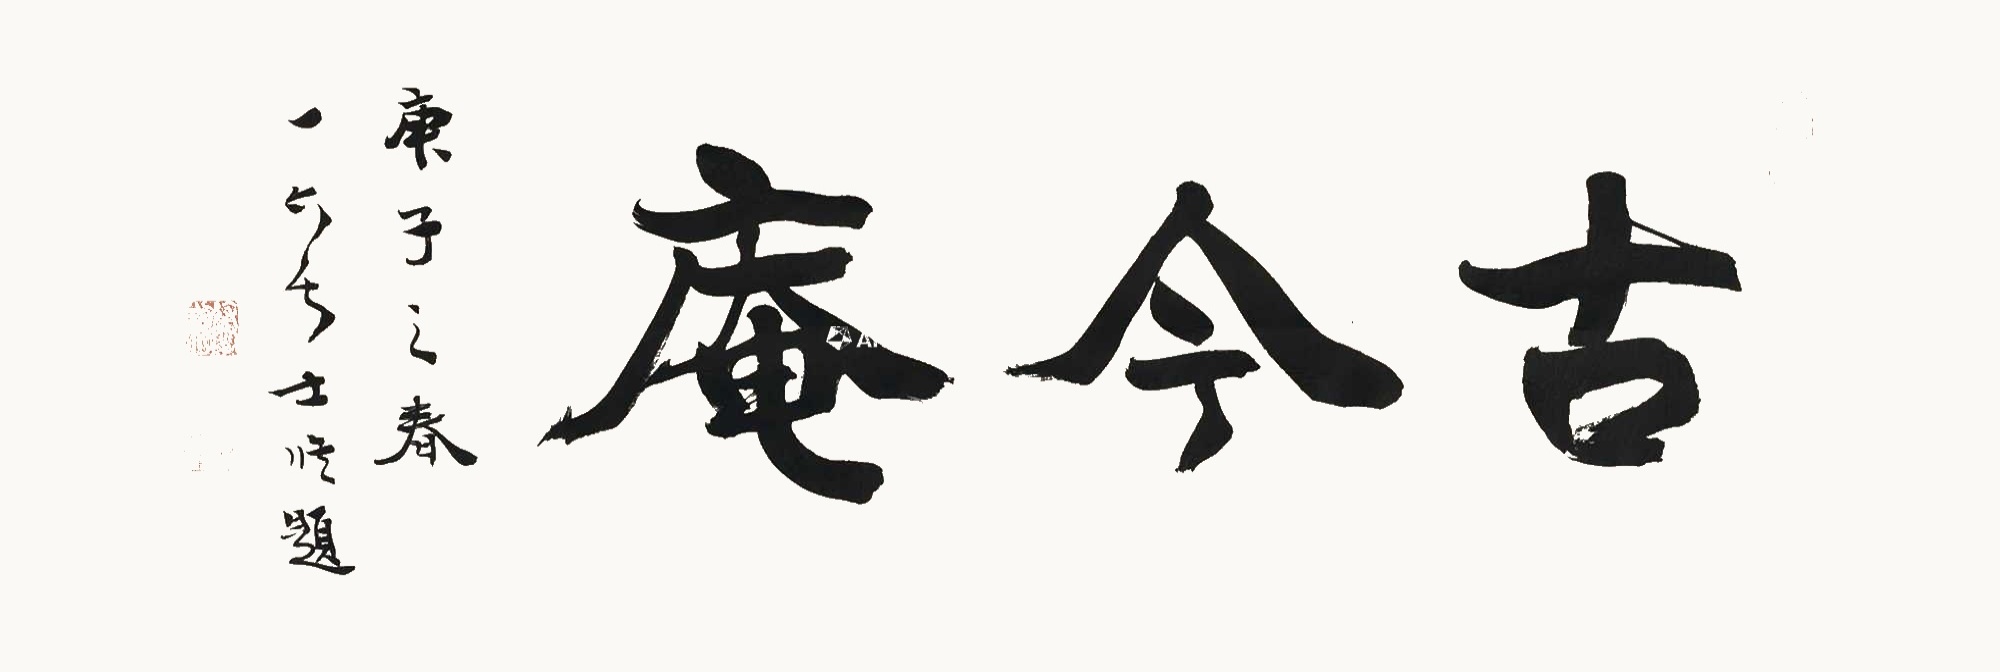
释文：古今庵画心庚子之春，一六居士修题